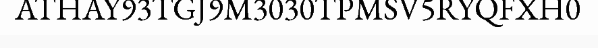
ATHAY93TGJ9M3030TPMSV5RYQFXH0